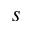
s